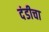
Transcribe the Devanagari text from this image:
दंडीचा